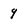
Character: 9